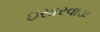
ઇસારવાડા